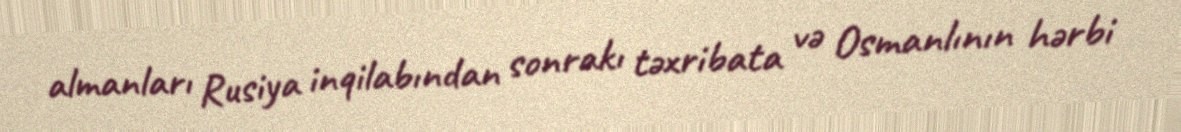
almanları Rusiya inqilabından sonrakı təxribata və Osmanlının hərbi